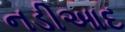
નડીઆદ